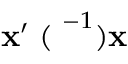
{ { \bf x } ^ { \prime } { \bf \Xi } ( \bf \Lambda } ^ { - 1 } ) { \bf x }